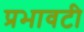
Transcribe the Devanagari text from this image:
प्रभावटी